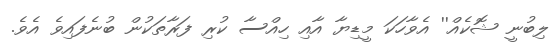
ލިބުނީ ޝޮކެއް'' އެވާހަކަ މީޑިޔާ އާއި ހިއްސާ ކުރި ފަރާތަކުން ބުނެފައިވެ އެވެ.